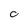
Character: O